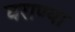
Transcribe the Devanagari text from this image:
घराण्या